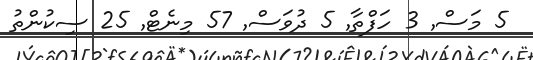
5 މަސް